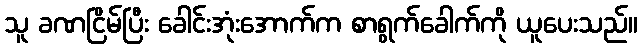
သူ ခဏငြိမ်ပြီး ခေါင်းအုံးအောက်က စာရွက်ခေါက်ကို ယူပေးသည်။